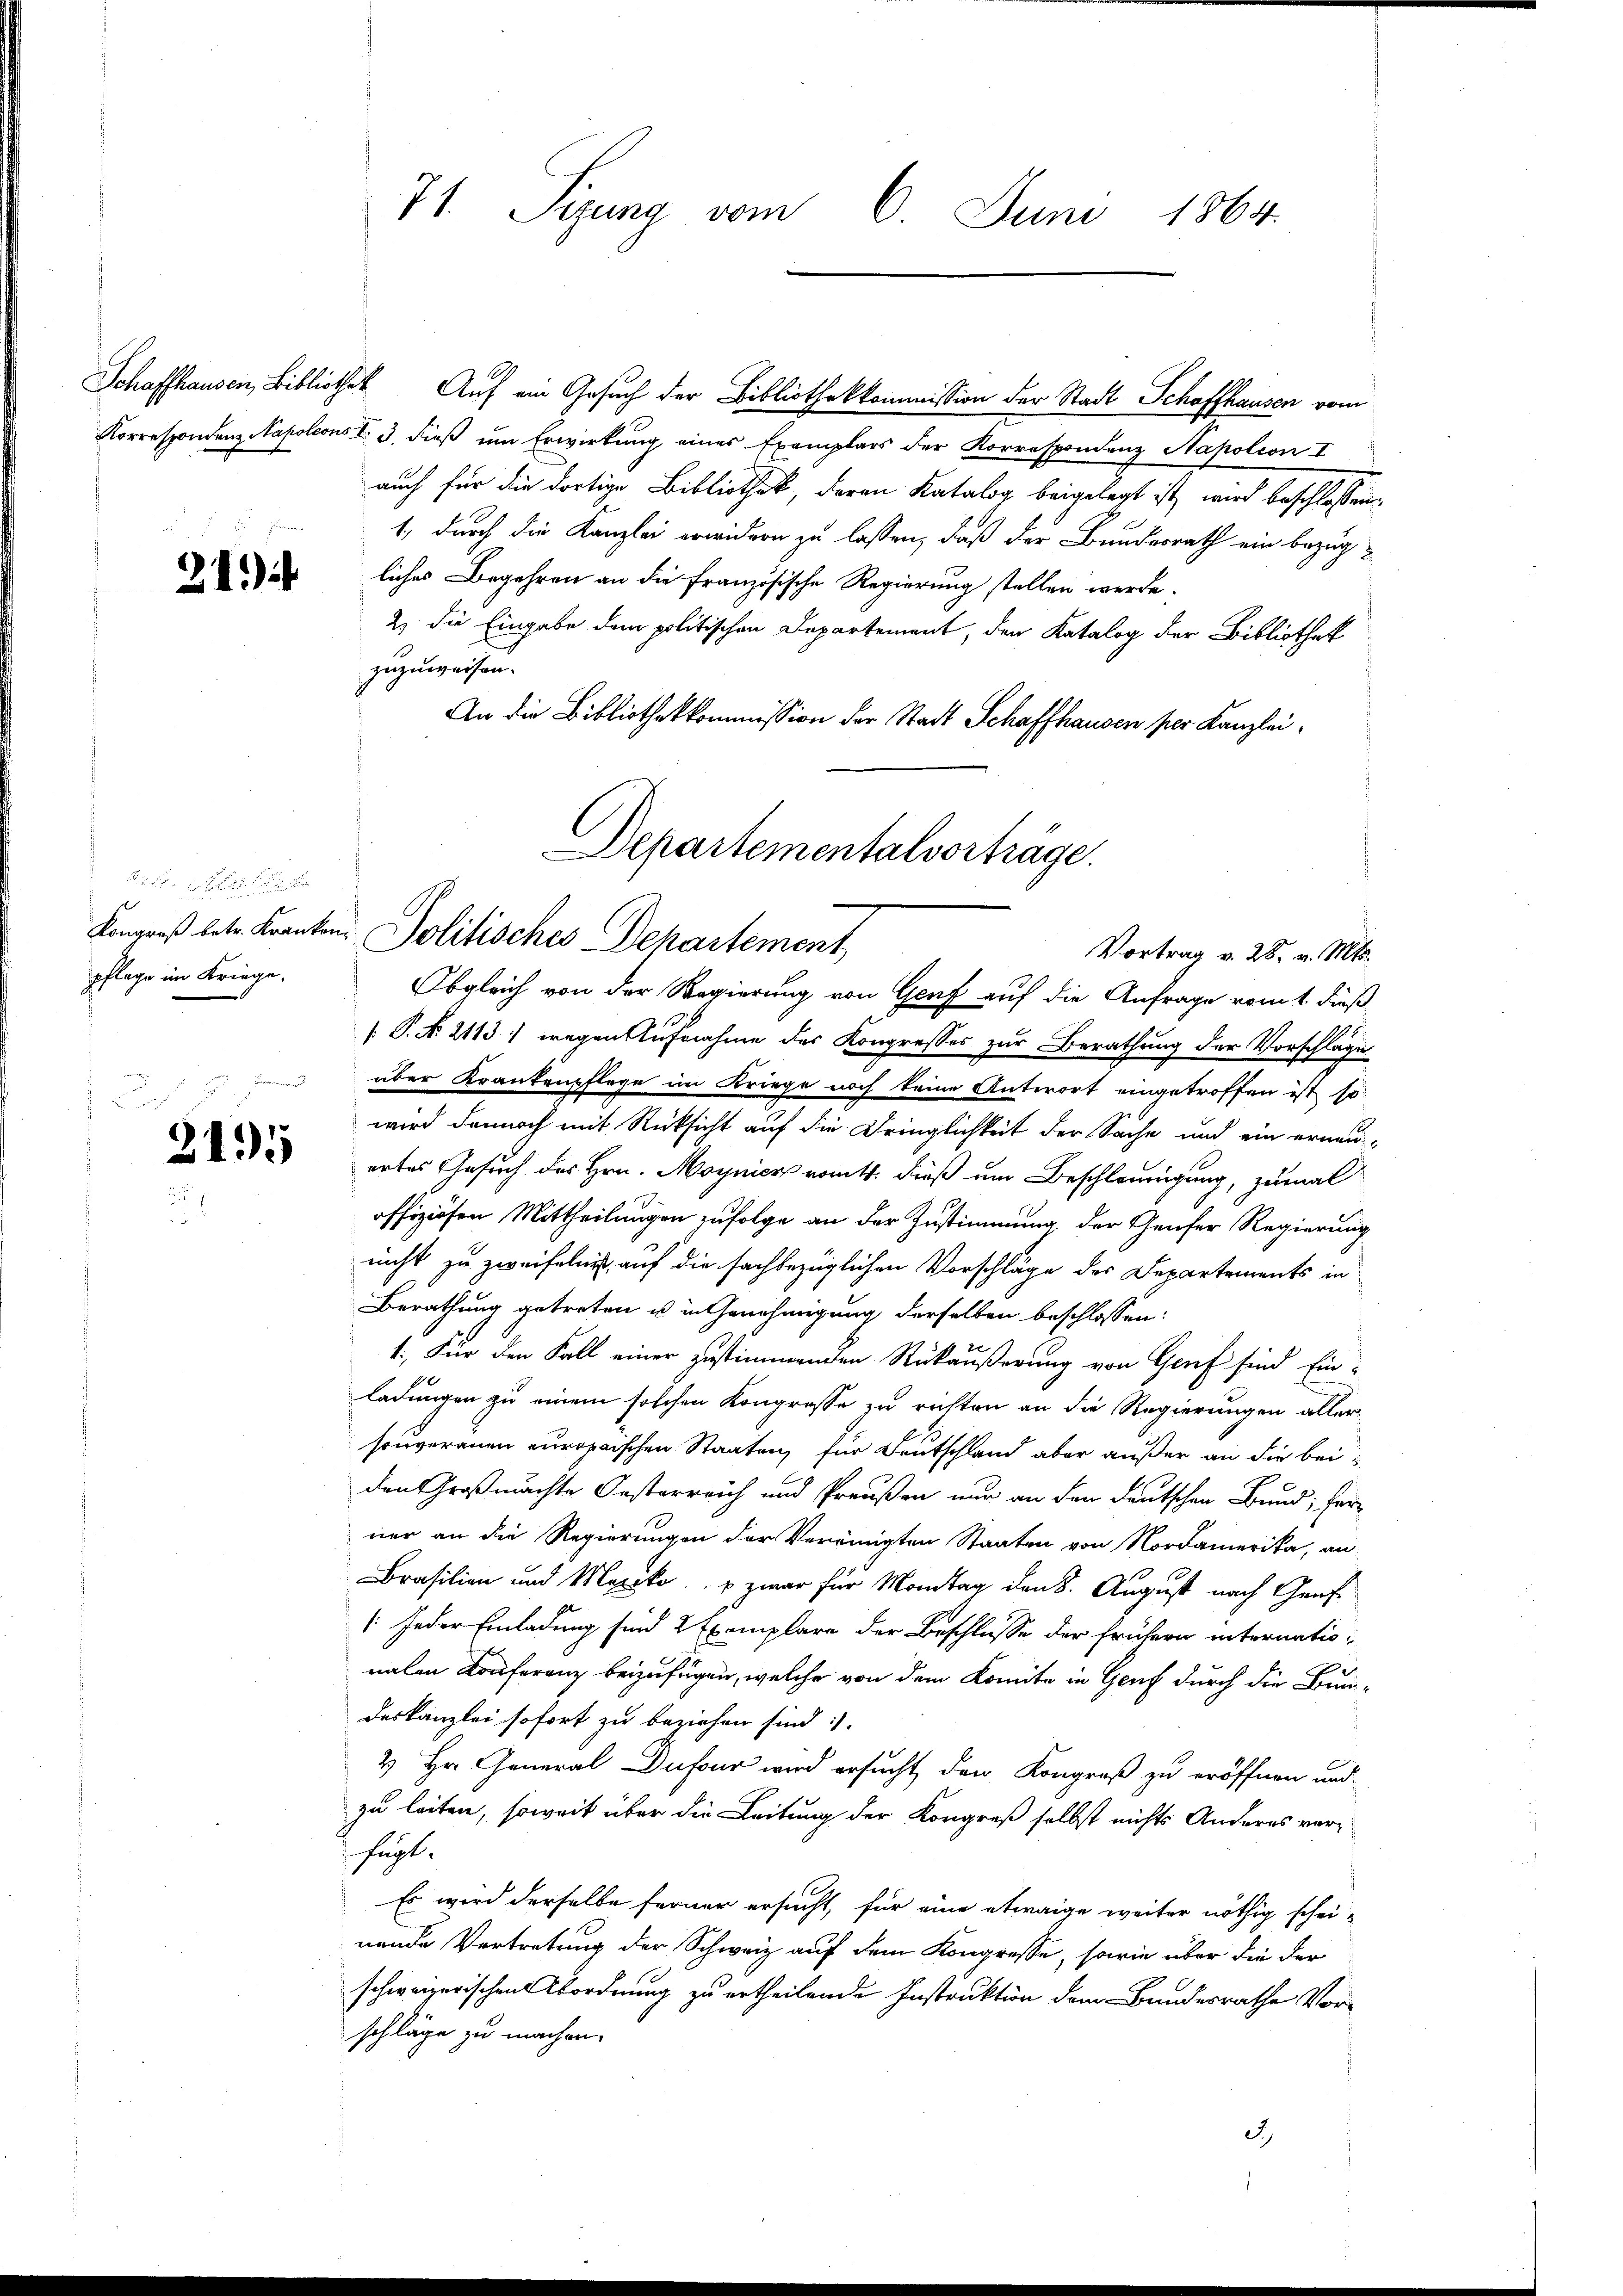
21)

r der
pflage im Kriege.

a
2195

71. Sitzung vom 6. Juni 1864.

Schaffhausen, Bibliothek Auf ein Gesuch der Bibliothekkommission der Stadt Schaffhausen vom
Korrespondenz Napoleons No. 3. dieß um Erwirkung eines Exemplars der Korrespondenz Napoleon I
auch für die dortige Bibliothek, deren Katalog beigelegt ist, wird beschlossen
1., durch die Kanzlei erwidern zu lassen, daß der Bundesrath ein bezug
liches Begehren an die französische Regierung stellen werde.
2) die Eingabe dem politischen Departement, den Katalog der Bibliothek
zuzuweisen.
An die Bibliothekkommission der Stadt Schaffhausen per Kanzlei¬
Departementalvorträge.

Kongreß betr. Kranken, Politisches Departement
Vortrag v. 28. v. Mts.

Obgleich von der Regierung von Genf auf die Anfrage vom 1 dieß
 P. N. 2113) wegen Aufnahme des Kongresses zur Berathung der Vorschläge
über Krankenpflege im Kriege noch keine Antwort eingetroffen ist so
wird dannoch mit Rücksicht auf die Dringlichkeit der Sache und ein erneu
ertes Gesuch des Hrn. Moynier romtt. dieß um Beschleunigung, zumal
offiziösen Mittheilungen zufolge an der Zustimmung der Genfer Regierung
nicht zu zweifeln, auf die sachbezüglichen Vorschläge der Departements in
Berathung getreten u. in Genehmigung derselben beschlossen:
1. Für den Fall einer zustimmenden Rückäußerung von Genf sind Einladungen zu einem solchen Kongresse zu richten an die Regierungen aller
souveranen europaischen Staaten, für Deutschland aber außer an die beiden Großmachte Oesterreich und Preußen nur an den deutschen Bund; ferner an die Regierungen der Vereinigten Staaten von Nordamerika, an
Brasilien und Marko zwar für Montag den 8. August nach Genf
/: jeder Einladung sind 2 Exemplare der Beschlusse der frühern internationalen Konferenz beizufügen, welche von dem Komite in Genf durch die Bun-
deskanzlei sofort zu beziehen sind:
2 Hr. General Dufour wird ersucht, den Kongruß zu eröffnen und
zu leiten, soweit über die Leitung der Kongreß selbst nichts Anderes verfügt.
Es wird derselbe ferner ersucht, für eine etwaige weiter nöthig schei-
nende Vortretung der Schweiz auf dem Kongresse, sowie über die der
schweizerischenordnung zu ertheilende Instruktion dem Bundesrathe Vorschläge zu machen.